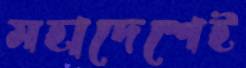
মহাদেশেই